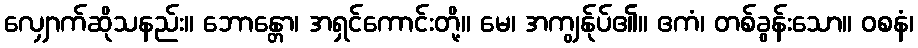
လျှောက်ဆိုသနည်း။ ဘောန္တော၊ အရှင်ကောင်းတို့။ မေ၊ အကျွန်ုပ်၏။ ဧကံ၊ တစ်ခွန်းသော။ ဝစနံ၊